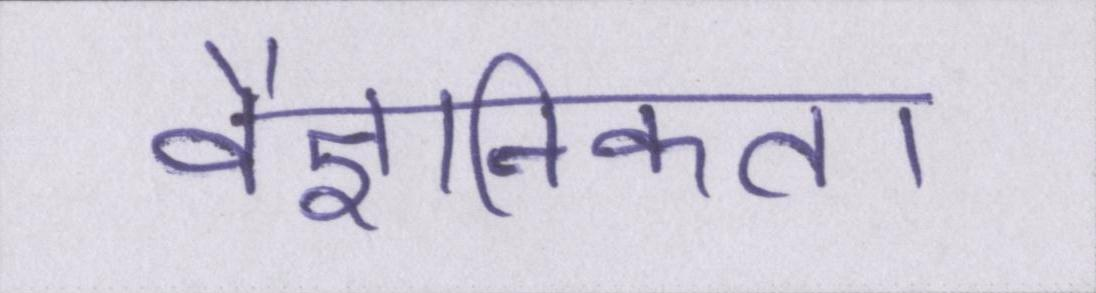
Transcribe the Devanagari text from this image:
वैज्ञानिकता